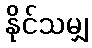
နိုင်သမျှ